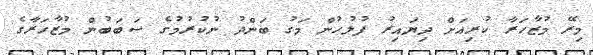
މިރޭ މުޒާހަރާ ކުރިއަށް ދިޔައިރު ފުލުހުން މަގު ބަންދު ނުކުރުމުގެ ސަބަބުން މުޒާހަރާގެ